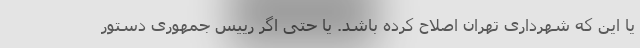
یا این که شهرداری تهران اصلاح کرده باشد. یا حتی اگر رییس جمهوری دستور